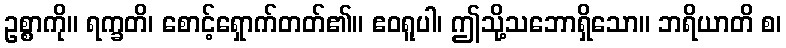
ဥစ္စာကို။ ရက္ခတိ၊ စောင့်ရှောက်တတ်၏။ ဧဝရူပါ၊ ဤသို့သဘောရှိသော။ ဘရိယာတိ စ၊